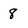
Character: 8